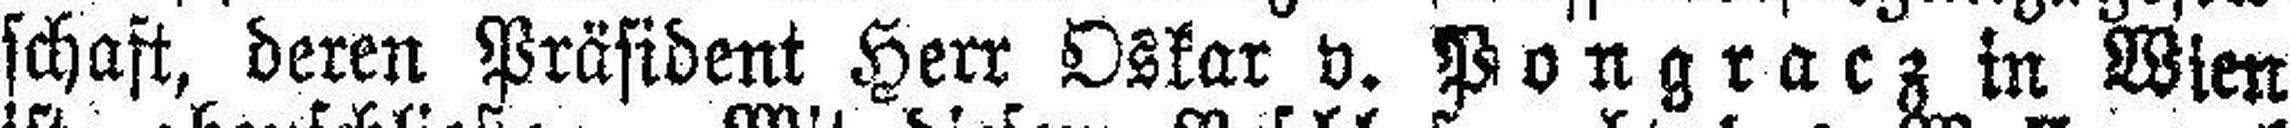
schaft, deren Präsident Herr Oskar v. Pongracz in Wien